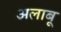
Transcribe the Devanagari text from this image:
अलाबू